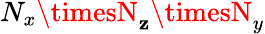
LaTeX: N_{x}\timesN_{\mathbf{z}}\timesN_{y}